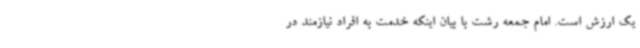
یک ارزش است. امام جمعه رشت با بیان اینکه خدمت به افراد نیازمند در